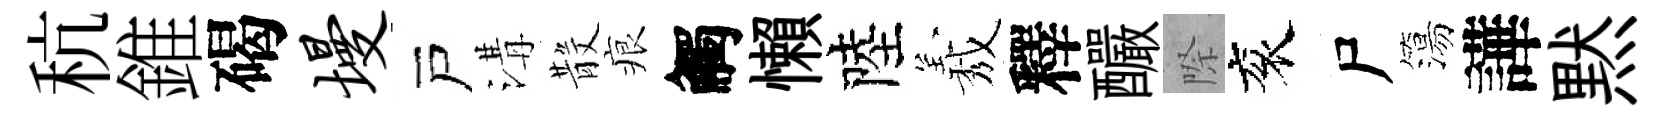
秔錐碣墁戸溝𣪚痕觸懶陸𦏁釋釅際衮尸簜譁黙